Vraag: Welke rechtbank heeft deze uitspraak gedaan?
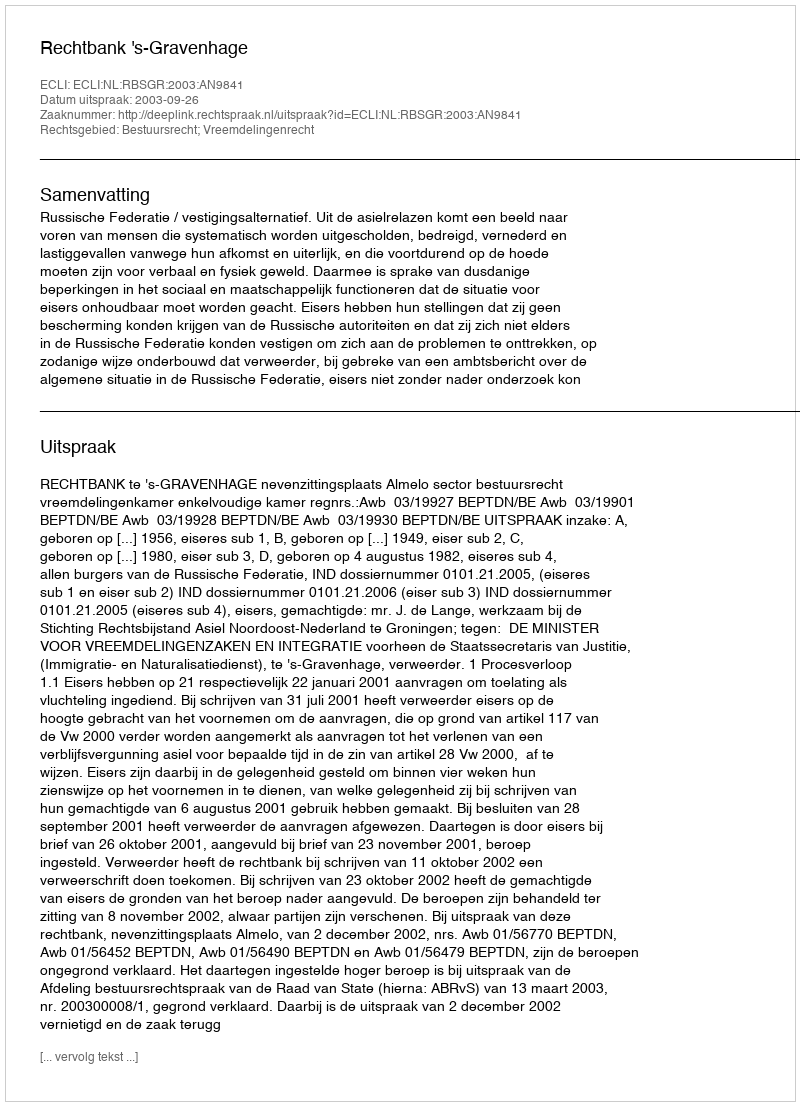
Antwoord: Rechtbank 's-Gravenhage